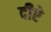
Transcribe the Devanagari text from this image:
दीऐ